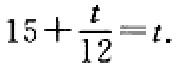
$15+\frac{t}{12}=t.$